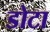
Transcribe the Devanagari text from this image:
डोटा